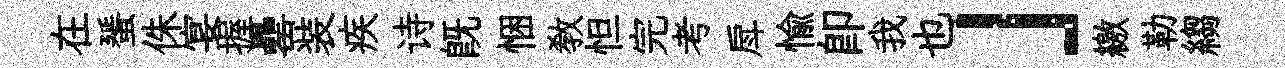
在蜑侏宴握罍装疾诗旣悃教怛完考戽愉卽我也」繳勒縐